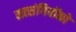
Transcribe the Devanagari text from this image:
सत्‍संगियोंको